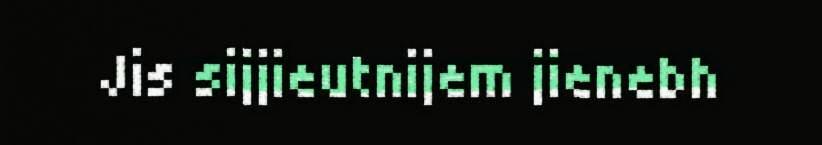
Jis sijjieutnijem jienebh